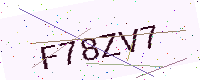
Text: F78ZV7